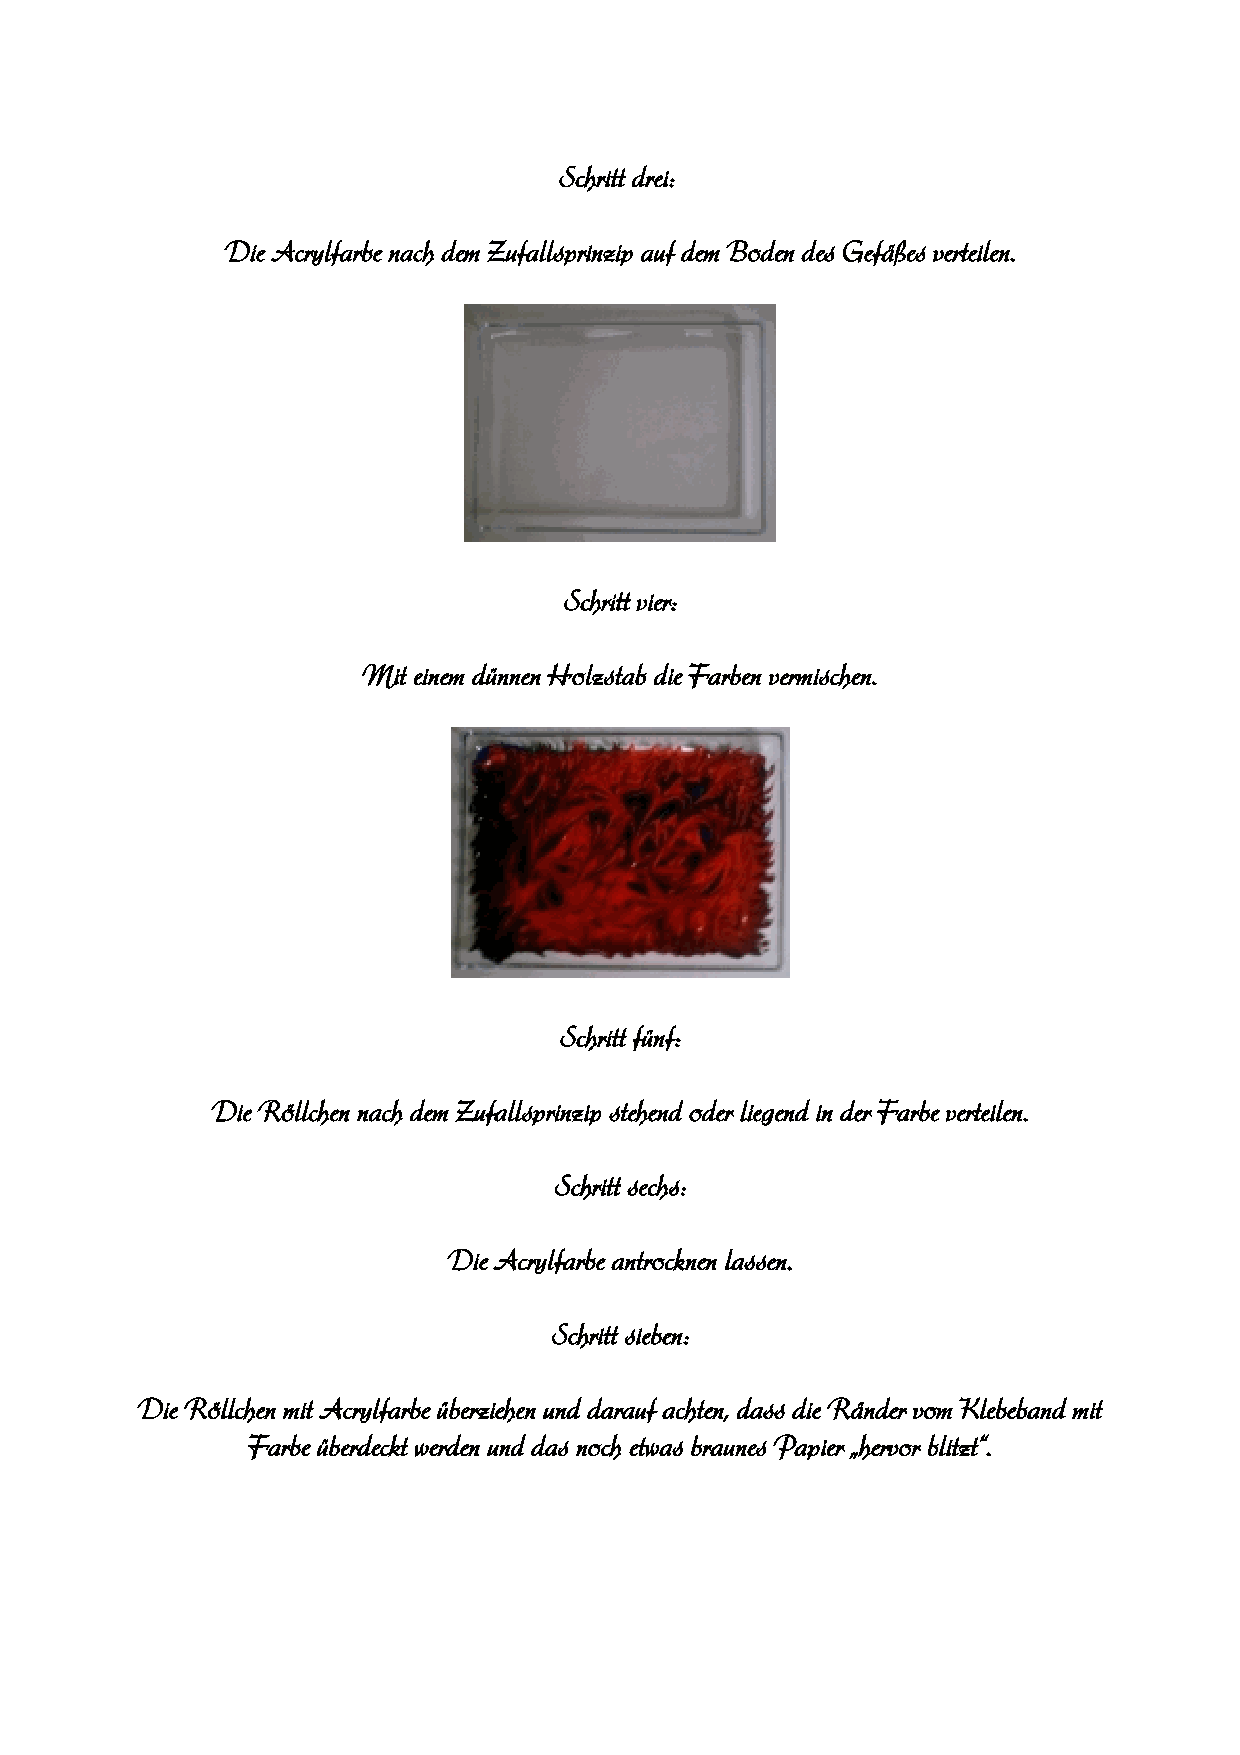
Schritt drei:
 Die Acrylfarbe nach dem Zufallsprinzip auf dem Boden des Gefäßes verteilen.
 Schritt vier:
 Mit einem dünnen Holzstab die Farben vermischen.
 Schritt fünf:
 Die Röllchen nach dem Zufallsprinzip stehend oder liegend in der Farbe verteilen.
 Schritt sechs:
 Die Acrylfarbe antrocknen lassen.
 Schritt sieben:
 Die Röllchen mit Acrylfarbe überziehen und darauf achten, dass die Ränder vom Klebeband mit
 Farbe überdeckt werden und das noch etwas braunes Papier „hervor blitzt“.